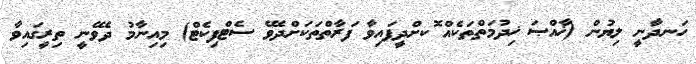
ހަނދާނީ ލިޔުން (ޚާއްޞަ ޚިދުމަތްތަކެއް ޮކށްދީފައިވާ ފަރާތްތަކަށްދެވޭ ސެޓްފިކެޓް) މިއިނާމު ދެވޭނީ ތިރީގައިވާ